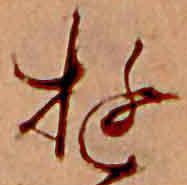
ゆ